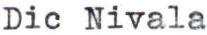
Dic Nivala